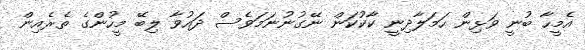
އެމީހާ ބުނީ ވަޅިން ހަމަލާދިނީ ކާކުކަން ނޭގުނުނަމަވެސް ދައުވާ ލިބޭ މީހުންގެ ތެރެއިން